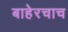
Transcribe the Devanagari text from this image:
बाहेरचाच